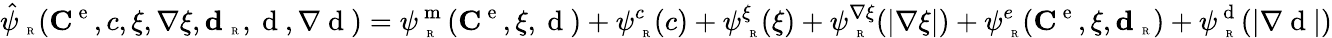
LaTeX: \hat{\psi}_{\mathrm{~\tiny~R~}}({\mathbf C}^{\mathrm{~e~}},c,\xi,\nabla\xi,\textbf{d}_{\mathrm{~\tiny~R~}},\mathrm{~d~},\nabla\mathrm{~d~})=\psi_{\mathrm{~\tiny~R~}}^{\mathrm{~m~}}({\mathbf C}^{\mathrm{~e~}},\xi,\mathrm{~d~})+\psi_{\mathrm{~\tiny~R~}}^{c}(c)+\psi_{\mathrm{~\tiny~R~}}^{\xi}(\xi)+\psi_{\mathrm{~\tiny~R~}}^{\nabla\xi}(|\nabla\xi|)+\psi_{\mathrm{~\tiny~R~}}^{e}({\mathbf C}^{\mathrm{~e~}},\xi,\textbf{d}_{\mathrm{~\tiny~R~}})+\psi_{\mathrm{~\tiny~R~}}^{\mathrm{~d~}}(|\nabla\mathrm{~d~}|)